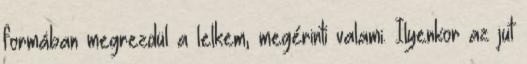
formában megrezdül a lelkem, megérinti valami. Ilyenkor az jut